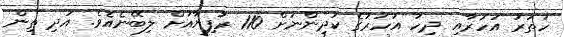
ހަތަރު އަހަރާއި ދިހަ އަހަރުގެ ކުދިންނަށް 110 ރުފިޔާއަށް ލިބޭނެއެވެ. އަދި ތިން